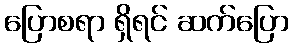
ပြောစရာ ရှိရင် ဆက်ပြော